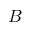
B